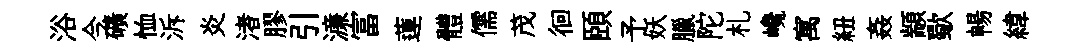
浴今礦恤泝炎渚膠引濓富蓮體儒茂徊頤予妖臘陀札巉寓紐姦顓歜暢緯